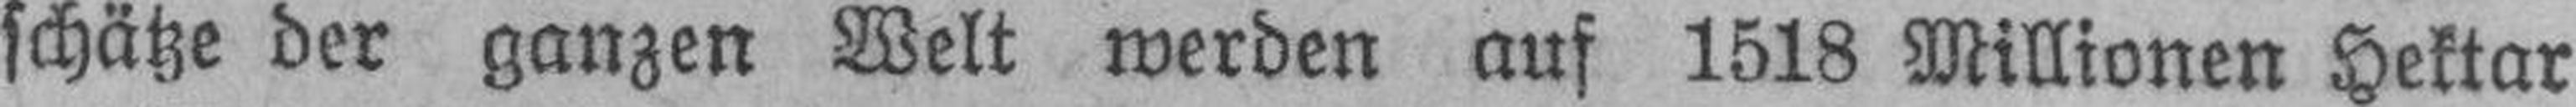
schätze der ganzen Welt werden auf 1518 Millionen Hektar